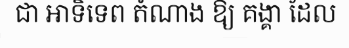
ជា អាទិទេព តំណាង ឱ្យ គង្គា ដែល